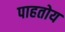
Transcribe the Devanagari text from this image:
पाहतोय